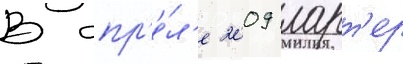
В апр'е́л'е 2009 ларт'ер